Annual report of the Civil Veterinary Department, Bengal, for the year 1896-97 - 1896-1897
Year: 1896
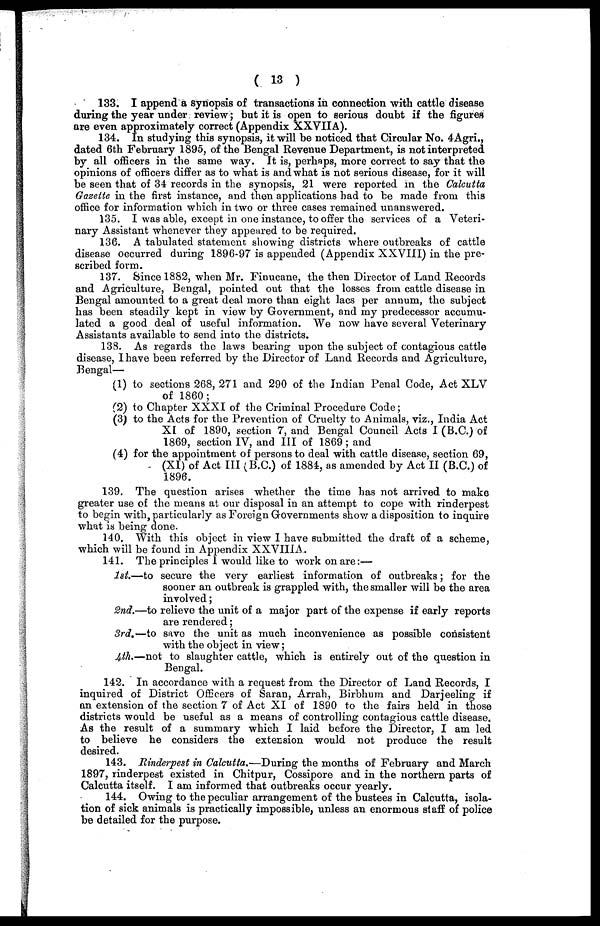
(13)
133. I append a synopsis of transactions in connection with cattle disease
during the year under review; but it is open to serious doubt if the figures
are even approximately correct (Appendix XXVIIA).
134. In studying this synopsis, it will be noticed that Circular No. 4Agri.,
dated 6th February 1895, of the Bengal Revenue Department, is not interpreted
by all officers in the same way. It is, perhaps, more correct to say that the
opinions of officers differ as to what is and what is not serious disease, for it will
be seen that of 34 records in the synopsis, 21 were reported in the Calcutta
Gazette in the first instance, and then applications had to be made from this
office for information which in two or three cases remained unanswered.
135. I was able, except in one instance, to offer the services of a Veteri-
nary Assistant whenever they appeared to be required.
136. A tabulated statement showing districts where outbreaks of cattle
disease occurred during 1896-97 is appended (Appendix XXVIII) in the pre-
scribed form.
137. Since 1882, when Mr. Finucane, the then Director of Land Records
and Agriculture, Bengal, pointed out that the losses from cattle disease in
Bengal amounted to a great deal more than eight lacs per annum, the subject
has been steadily kept in view by Government, and my predecessor accumu-
lated a good deal of useful information. We now have several Veterinary
Assistants available to send into the districts.
138. As regards the laws bearing upon the subject of contagious cattle
disease, I have been referred by the Director of Land Records and Agriculture,
Bengal—
(1) to sections 268, 271 and 290 of the Indian Penal Code, Act XLV
of 1860;
(2) to Chapter XXXI of the Criminal Procedure Code;
(3) to the Acts for the Prevention of Cruelty to Animals, viz., India Act
XI of 1890, section 7, and Bengal Council Acts I (B.C.) of
1869, section IV, and III of 1869; and
(4) for the appointment of persons to deal with cattle disease, section 69,
(XI) of Act III (B.C.) of 1884, as amended by Act II (B.C.) of
1896.
139. The question arises whether the time has not arrived to make
greater use of the means at our disposal in an attempt to cope with rinderpest
to begin with, particularly as Foreign Governments show a disposition to inquire
what is being done.
140. With this object in view I have submitted the draft of a scheme,
which will be found in Appendix XXVIIIA.
141. The principles 1 would like to work on are:—
1st.—to secure the very earliest information of outbreaks; for the
sooner an outbreak is grappled with, the smaller will be the area
involved;
2nd.—to relieve the unit of a major part of the expense if early reports
are rendered;
3rd.—to save the unit as much inconvenience as possible consistent
with the object in view;
4th.—not to slaughter cattle, which is entirely out of the question in
Bengal.
142. In accordance with a request from the Director of Land Records, I
inquired of District Officers of Saran, Arrah, Birbhum and Darjeeling if
an extension of the section 7 of Act XI of 1890 to the fairs held in those
districts would be useful as a means of controlling contagious cattle disease.
As the result of a summary which I laid before the Director, I am led
to believe he considers the extension would not produce the result
desired.
143. Rinderpest in Calcutta.—During the months of February and March
1897, rinderpest existed in Chitpur, Cossipore and in the northern parts of
Calcutta itself. I am informed that outbreaks occur yearly.
144. Owing to the peculiar arrangement of the bustees in Calcutta, isola-
tion of sick animals is practically impossible, unless an enormous staff of police
be detailed for the purpose.